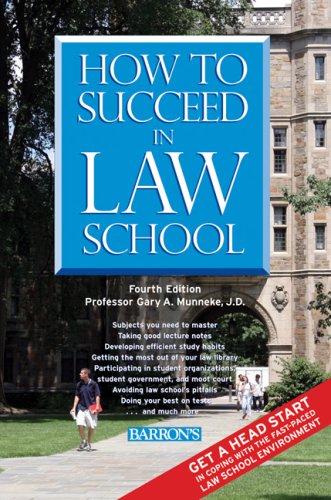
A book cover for How to Succeed in Law School; Gary A. Munneke J.D.; Education & Teaching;